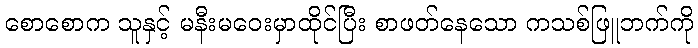
စောစောက သူနှင့် မနီးမဝေးမှာထိုင်ပြီး စာဖတ်နေသော ကသစ်ဖြူဘက်ကို